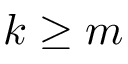
k \geq m